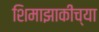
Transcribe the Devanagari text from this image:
शिमाझाकीच्या